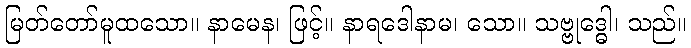
မြတ်တော်မူထသော။ နာမေန၊ ဖြင့်။ နာရဒေါနာမ၊ သော။ သဗ္ဗုဒ္ဓေါ၊ သည်။